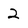
Character: 2